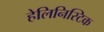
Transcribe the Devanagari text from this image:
हेलिनिस्टिक